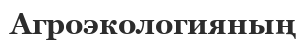
Агроэкологияның